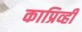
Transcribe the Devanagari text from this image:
काप्रिव्ही